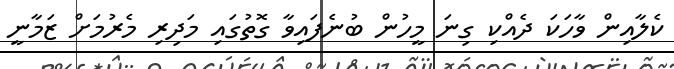
ކެލާއިން ވާހަކަ ދެެއްކި ގިނަ މީހުން ބުނެފައިވާ ގޮތުގައި މަދިރި މެރުމަށް ޒަމާނީ